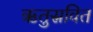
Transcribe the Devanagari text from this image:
ऋतुस्रवित